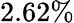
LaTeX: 2.62\%